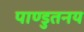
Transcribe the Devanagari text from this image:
पाण्डुतनय